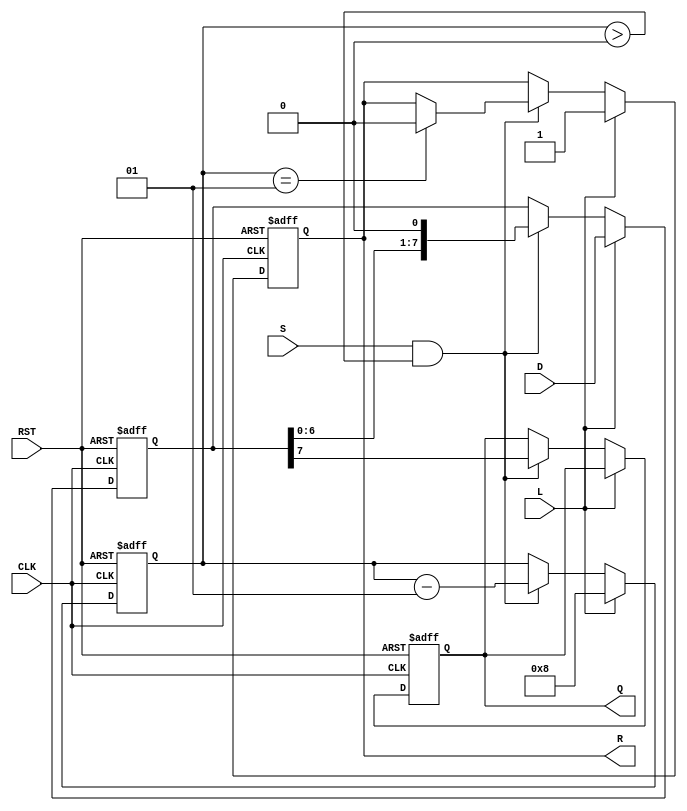
module PISO_Register #(
    parameter WIDTH = 8  // Parameter for the width of the data bus
)(
    input wire [WIDTH-1:0] D,  // Data inputs
    input wire L,               // Load signal
    input wire S,               // Shift signal
    input wire CLK,             // Clock signal
    input wire RST,             // Reset signal
    output reg Q,               // Serial output
    output reg R                // Ready signal
);

    reg [WIDTH-1:0] R_reg;      // Internal register to hold data
    integer shift_count;         // Counter for shifting bits

    always @(posedge CLK or posedge RST) begin
        if (RST) begin
            R_reg <= 0;          // Clear the register on reset
            Q <= 0;              // Clear the serial output
            R <= 0;              // Clear the ready signal
            shift_count <= 0;    // Reset the shift counter
        end else begin
            if (L) begin
                R_reg <= D;      // Load data into the register
                shift_count <= WIDTH; // Set shift count to WIDTH
                R <= 1;          // Indicate that the register is ready to shift
            end else if (S && (shift_count > 0)) begin
                Q <= R_reg[WIDTH-1]; // Shift out the MSB
                R_reg <= {R_reg[WIDTH-2:0], 1'b0}; // Shift left
                shift_count <= shift_count - 1; // Decrement shift count
                if (shift_count == 1) begin
                    R <= 0;      // Clear ready signal when done shifting
                end
            end
        end
    end

endmodule